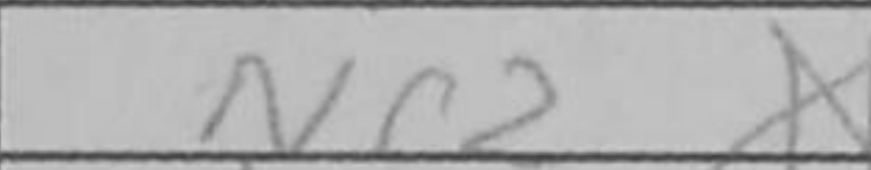
Transcription: Nc2